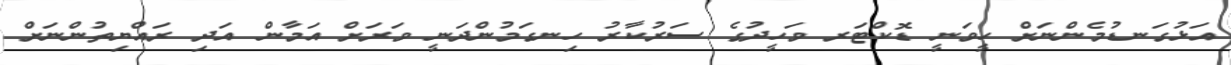
އަޅުގަނޑުމެންނަށް ހީވަނީ ޑޮކްޓަރ ވަހީދުގެ ސަރުކާރު ހިނގަމުންދަނީ ވަރަށް އަމާން އަދި ރައްޔިތުންނަށް